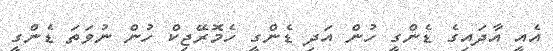
އެއީ އާދައިގެ ޑެންގީ ހުން އަދި ޑެންގީ ހެމޮރޭޖިކް ހުން ނުވަތަ ޑެންގީ